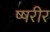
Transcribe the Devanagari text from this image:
ष्षरीर